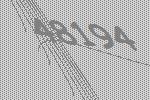
48194